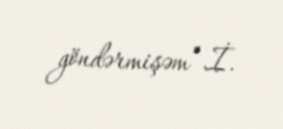
göndərmişəm”.İ.